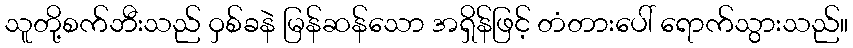
သူတို့စက်ဘီးသည် ဝှစ်ခနဲ မြန်ဆန်သော အရှိန်ဖြင့် တံတားပေါ် ရောက်သွားသည်။